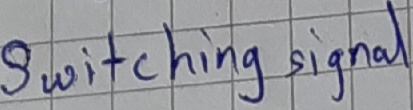
Text: Switching signal